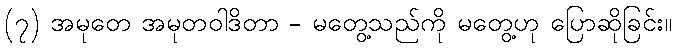
(၇) အမုတေ အမုတဝါဒိတာ - မတွေ့သည်ကို မတွေ့ဟု ပြောဆိုခြင်း။